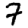
Digit: 7